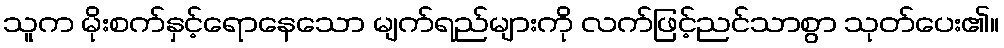
သူက မိုးစက်နှင့်ရောနေသော မျက်ရည်များကို လက်ဖြင့်ညင်သာစွာ သုတ်ပေး၏။